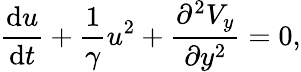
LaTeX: \frac{\mathrm{d}u}{\mathrm{d}t}+\frac{1}{\gamma}u^{2}+\frac{\partial^{2}V_{y}}{\partial y^{2}}=0,